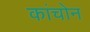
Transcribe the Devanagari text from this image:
कांचोन